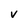
Character: v